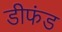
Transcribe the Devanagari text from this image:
डीफंड